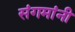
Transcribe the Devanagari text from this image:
संगमांनी